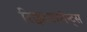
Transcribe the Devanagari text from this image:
रिक्वायरमेन्ट्स